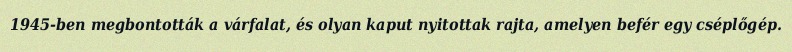
1945-ben megbontották a várfalat, és olyan kaput nyitottak rajta, amelyen befér egy cséplőgép.